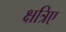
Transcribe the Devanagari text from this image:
क्षत्रिए